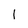
Character: 1